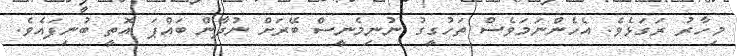
މިހާރު ރަގަޅެވެ. އެހެންނަމަވެސް ތަހުގީގު ނުނިމެނީސް ބޭރަށް ނުދާން ބައްޕަ އޮތީ ބުނިފައެވެ.